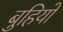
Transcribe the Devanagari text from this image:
बुहियो